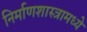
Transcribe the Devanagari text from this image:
निर्माणशास्त्रामध्ये